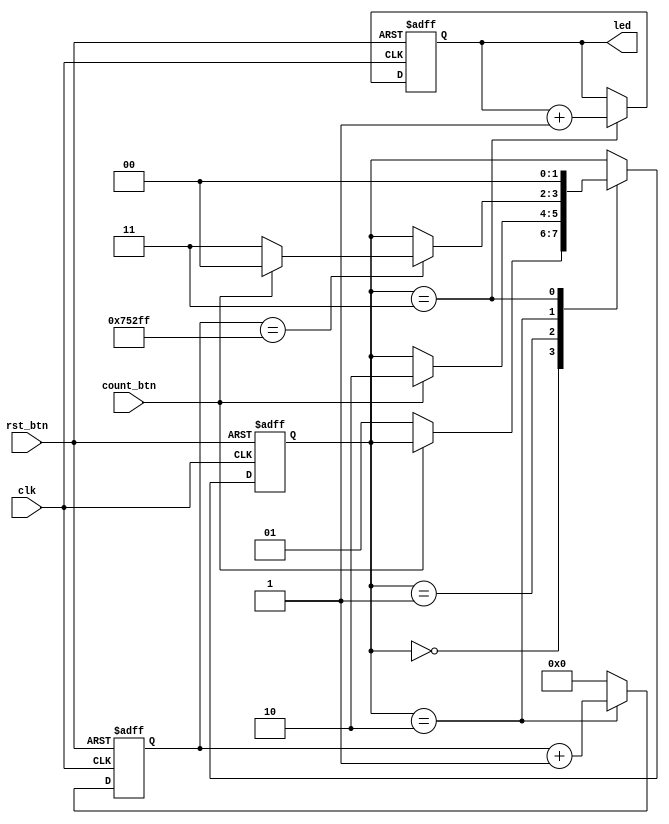
// Module: Count up on each button press and display on LEDs
// without skipping 
module button_counter (

    // Inputs
    input               clk,        // 12MHz oscillator
    input               rst_btn,
    input               count_btn,

    // Outputs
    output  reg [3:0]   led
);

    // Button debounce states
    localparam STATE_HIGH       = 2'd0;
    localparam STATE_LOW        = 2'd1;
    localparam STATE_WAIT       = 2'd2;
    localparam STATE_PRESSED    = 2'd3;

    // Max count for counter to debounce button (40ms)
    localparam MAX_DEBOUNCE_COUNT = 22'd480000 - 1;

    // Internal signals
    wire rst;

    // Internal storage elements
    reg [1:0]   state;
    reg [21:0]  debounce_count;

    // Invert active-low buttons
    assign rst = ~rst_btn;

    // State transition logic
    always @ (posedge clk or posedge rst) begin
        
        // On reset, return to high state
        if (rst == 1'b1) begin
            state <= STATE_HIGH;

        // State transitions
        end else begin
            case (state)
                
                // Wait for button to be pressed (go low)
                STATE_HIGH: begin
                    if (count_btn == 1'b0) begin
                        state <= STATE_LOW;
                    end
                end

                // Wait for button to be released (go high)
                STATE_LOW: begin
                    if (count_btn == 1'b1) begin
                        state <= STATE_WAIT;
                    end
                end

                // Wait for button signal to stop bouncing and sample again
                STATE_WAIT: begin
                    if (debounce_count == MAX_DEBOUNCE_COUNT) begin
                        if (count_btn == 1'b0) begin
                            state <= STATE_PRESSED;
                        end else begin
                            state <= STATE_HIGH;
                        end
                    end
                end

                // Spend one clock cycle in state pressed
                STATE_PRESSED: state <= STATE_HIGH;

                // Go to state high if in unknown state
                default: state <= STATE_HIGH;
            endcase
        end
    end

    // Handle debounce counter
    always @ (posedge clk or posedge rst) begin
        if (rst == 1'b1) begin
            debounce_count <= 22'b0; 
        end else begin
            if (state == STATE_WAIT) begin
                debounce_count <= debounce_count + 1;
            end else begin
                debounce_count <= 22'b0;
            end
        end
    end

    // Handle LED counter
    always @ (posedge clk or posedge rst) begin
        if (rst == 1'b1) begin
            led <= 4'd0;
        end else begin
            if (state == STATE_PRESSED) begin
                led <= led + 1;
            end
        end
    end

endmodule